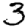
Digit: 3